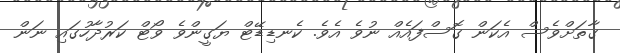
ގާތަށްވެސް އެކަން ގޮސްފައެއް ނުވެ އެވެ. ކެނޑިޑޭޓް ޔަގީންވެ ވޯޓް ކަރުދާހުގައި ނަން